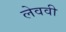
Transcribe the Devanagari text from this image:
लेववी